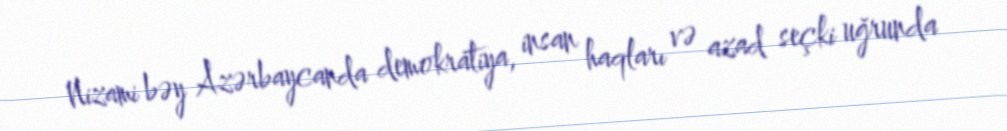
Nizami bəy Azərbaycanda demokratiya, insan haqları və azad seçki uğrunda